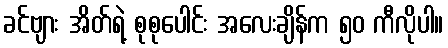
ခင်ဗျား အိတ်ရဲ့ စုစုပေါင်း အလေးချိန်က ၅၀ ကီလိုပါ။